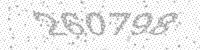
Solution: 260798